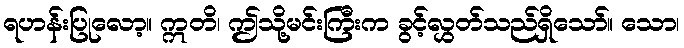
ရဟန်းပြုလော့။ ဣတိ၊ ဤသို့မင်းကြီးက ခွင့်လွှတ်သည်ရှိသော်။ သော၊